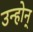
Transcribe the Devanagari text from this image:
उन्होन्